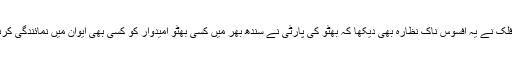
مگر اس الیکشن میں چشم فلک نے یہ افسوس ناک نظارہ بھی دیکھا کہ بھٹو کی پارٹی نے سندھ بھر میں کسی بھٹو امیدوار کو کسی بھی ایوان میں نمائندگی کرنے کے لائق نہیں سمجھا۔